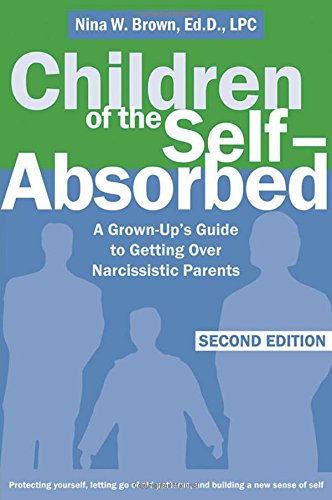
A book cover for Children of the Self-Absorbed: A Grown-Up's Guide to Getting Over Narcissistic Parents; Nina W Brown EdD  LPC; Parenting & Relationships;